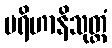
ပရိဟာနိသုတ္တံ